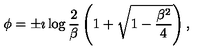
\phi = \pm \imath \log \frac { 2 } { \beta } \left( 1 + \sqrt { 1 - \frac { \beta ^ { 2 } } { 4 } } \right) ,